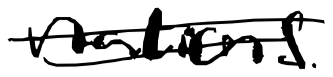
Text: nations.
Cross-out: double-line
Writing tool: digital_black